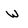
Character: w